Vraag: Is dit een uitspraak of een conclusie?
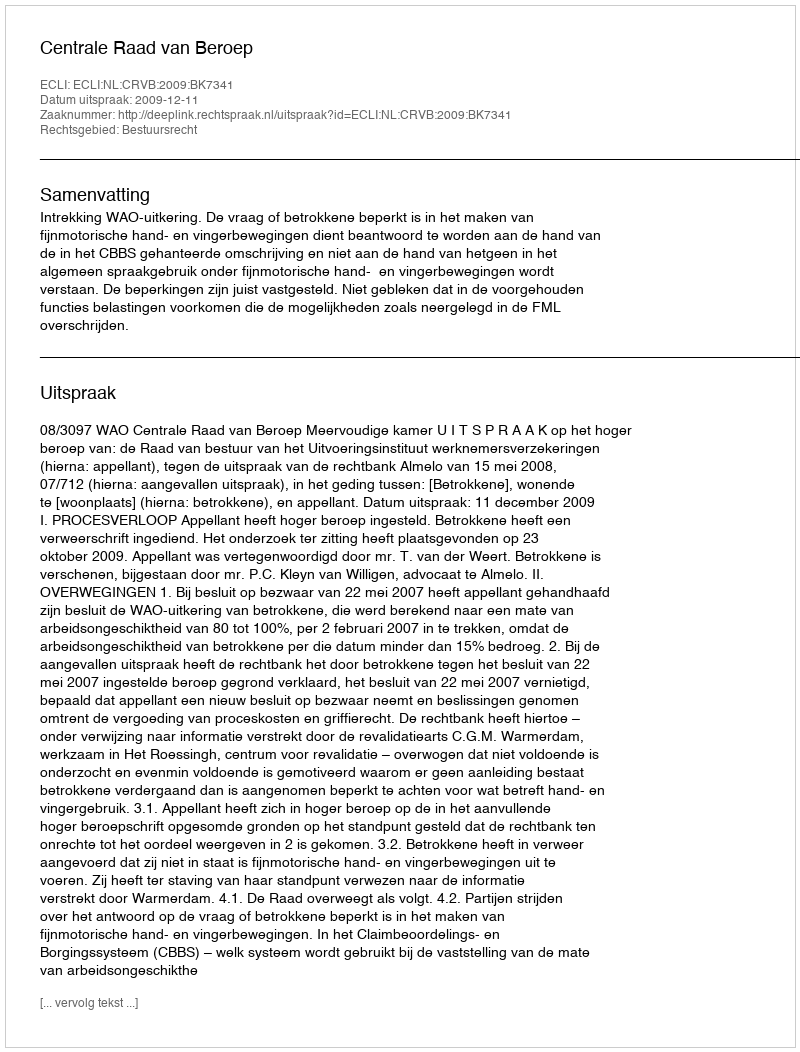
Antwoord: Uitspraak